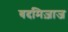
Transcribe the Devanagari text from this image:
बदमिज़ाज